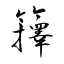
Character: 籜